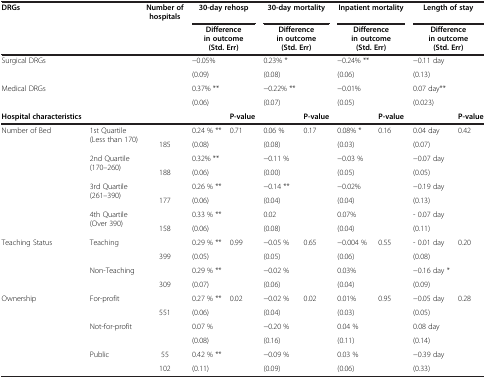
<table><thead><tr><td><b>DRGs</b></td><td><b> </b></td><td><b>Number of hospitals</b></td><td colspan="2"><b>30-day rehosp</b></td><td colspan="2"><b>30-day mortality</b></td><td colspan="2"><b>Inpatient mortality</b></td><td colspan="2"><b>Length of stay</b></td></tr><tr><td><b> </b></td><td><b> </b></td><td><b> </b></td><td colspan="2"><b>Difference in outcome (Std. Err)</b></td><td colspan="2"><b>Difference in outcome (Std. Err)</b></td><td colspan="2"><b>Difference in outcome (Std. Err)</b></td><td colspan="2"><b>Difference in outcome (Std. Err)</b></td></tr></thead><tbody><tr><td>Surgical DRGs</td><td> </td><td> </td><td>−0.05%</td><td> </td><td>0.23% *</td><td> </td><td>−0.24% **</td><td> </td><td>−0.11 day</td><td> </td></tr><tr><td> </td><td> </td><td> </td><td>(0.09)</td><td> </td><td>(0.08)</td><td> </td><td>(0.06)</td><td> </td><td>(0.13)</td><td> </td></tr><tr><td>Medical DRGs</td><td> </td><td> </td><td>0.37% **</td><td> </td><td>−0.22% **</td><td> </td><td>−0.01%</td><td> </td><td>0.07 day**</td><td> </td></tr><tr><td> </td><td> </td><td> </td><td>(0.06)</td><td> </td><td>(0.07)</td><td> </td><td>(0.05)</td><td> </td><td>(0.023)</td><td> </td></tr><tr><td><b>Hospital characteristics</b></td><td> </td><td> </td><td> </td><td><b>P-value</b></td><td> </td><td><b>P-value</b></td><td> </td><td><b>P-value</b></td><td> </td><td><b>P-value</b></td></tr><tr><td>Number of Bed</td><td>1st Quartile (Less than 170)</td><td> </td><td>0.24 % **</td><td>0.71</td><td>0.06 %</td><td>0.17</td><td>0.08% *</td><td>0.16</td><td>0.04 day</td><td>0.42</td></tr><tr><td> </td><td> </td><td>185</td><td>(0.08)</td><td> </td><td>(0.08)</td><td> </td><td>(0.03)</td><td> </td><td>(0.07)</td><td> </td></tr><tr><td> </td><td>2nd Quartile (170–260)</td><td> </td><td>0.32% **</td><td> </td><td>−0.11 %</td><td> </td><td>−0.03 %</td><td> </td><td>−0.07 day</td><td> </td></tr><tr><td> </td><td> </td><td>188</td><td>(0.06)</td><td> </td><td>(0.00)</td><td> </td><td>(0.05)</td><td> </td><td>(0.05)</td><td> </td></tr><tr><td> </td><td>3rd Quartile (261–390)</td><td> </td><td>0.26 % **</td><td> </td><td>−0.14 **</td><td> </td><td>−0.02%</td><td> </td><td>−0.19 day</td><td> </td></tr><tr><td> </td><td> </td><td>177</td><td>(0.06)</td><td> </td><td>(0.04)</td><td> </td><td>(0.04)</td><td> </td><td>(0.13)</td><td> </td></tr><tr><td> </td><td>4th Quartile (Over 390)</td><td> </td><td>0.33 % **</td><td> </td><td>0.02</td><td> </td><td>0.07%</td><td> </td><td>- 0.07 day</td><td> </td></tr><tr><td> </td><td> </td><td>158</td><td>(0.06)</td><td> </td><td>(0.08)</td><td> </td><td>(0.04)</td><td> </td><td>(0.11)</td><td> </td></tr><tr><td>Teaching Status</td><td>Teaching</td><td> </td><td>0.29 % **</td><td>0.99</td><td>−0.05 %</td><td>0.65</td><td>−0.004 %</td><td>0.55</td><td>- 0.01 day</td><td>0.20</td></tr><tr><td> </td><td> </td><td>399</td><td>(0.05)</td><td> </td><td>(0.05)</td><td> </td><td>(0.06)</td><td> </td><td>(0.08)</td><td> </td></tr><tr><td> </td><td>Non-Teaching</td><td> </td><td>0.29 % **</td><td> </td><td>−0.02 %</td><td> </td><td>0.03%</td><td> </td><td>−0.16 day *</td><td> </td></tr><tr><td> </td><td> </td><td>309</td><td>(0.07)</td><td> </td><td>(0.06)</td><td> </td><td>(0.04)</td><td> </td><td>(0.09)</td><td> </td></tr><tr><td>Ownership</td><td>For-profit</td><td> </td><td>0.27 % **</td><td>0.02</td><td>−0.02 %</td><td>0.02</td><td>0.01%</td><td>0.95</td><td>−0.05 day</td><td>0.28</td></tr><tr><td> </td><td> </td><td>551</td><td>(0.06)</td><td> </td><td>(0.04)</td><td> </td><td>(0.03)</td><td> </td><td>(0.05)</td><td> </td></tr><tr><td> </td><td>Not-for-profit</td><td> </td><td>0.07 %</td><td> </td><td>−0.20 %</td><td> </td><td>0.04 %</td><td> </td><td>0.08 day</td><td> </td></tr><tr><td> </td><td> </td><td> </td><td>(0.08)</td><td> </td><td>(0.16)</td><td> </td><td>(0.11)</td><td> </td><td>(0.14)</td><td> </td></tr><tr><td> </td><td>Public</td><td>55</td><td>0.42 % **</td><td> </td><td>−0.09 %</td><td> </td><td>0.03 %</td><td> </td><td>−0.39 day</td><td> </td></tr><tr><td> </td><td> </td><td>102</td><td>(0.11)</td><td> </td><td>(0.09)</td><td> </td><td>(0.06)</td><td> </td><td>(0.33)</td><td> </td></tr></tbody></table>